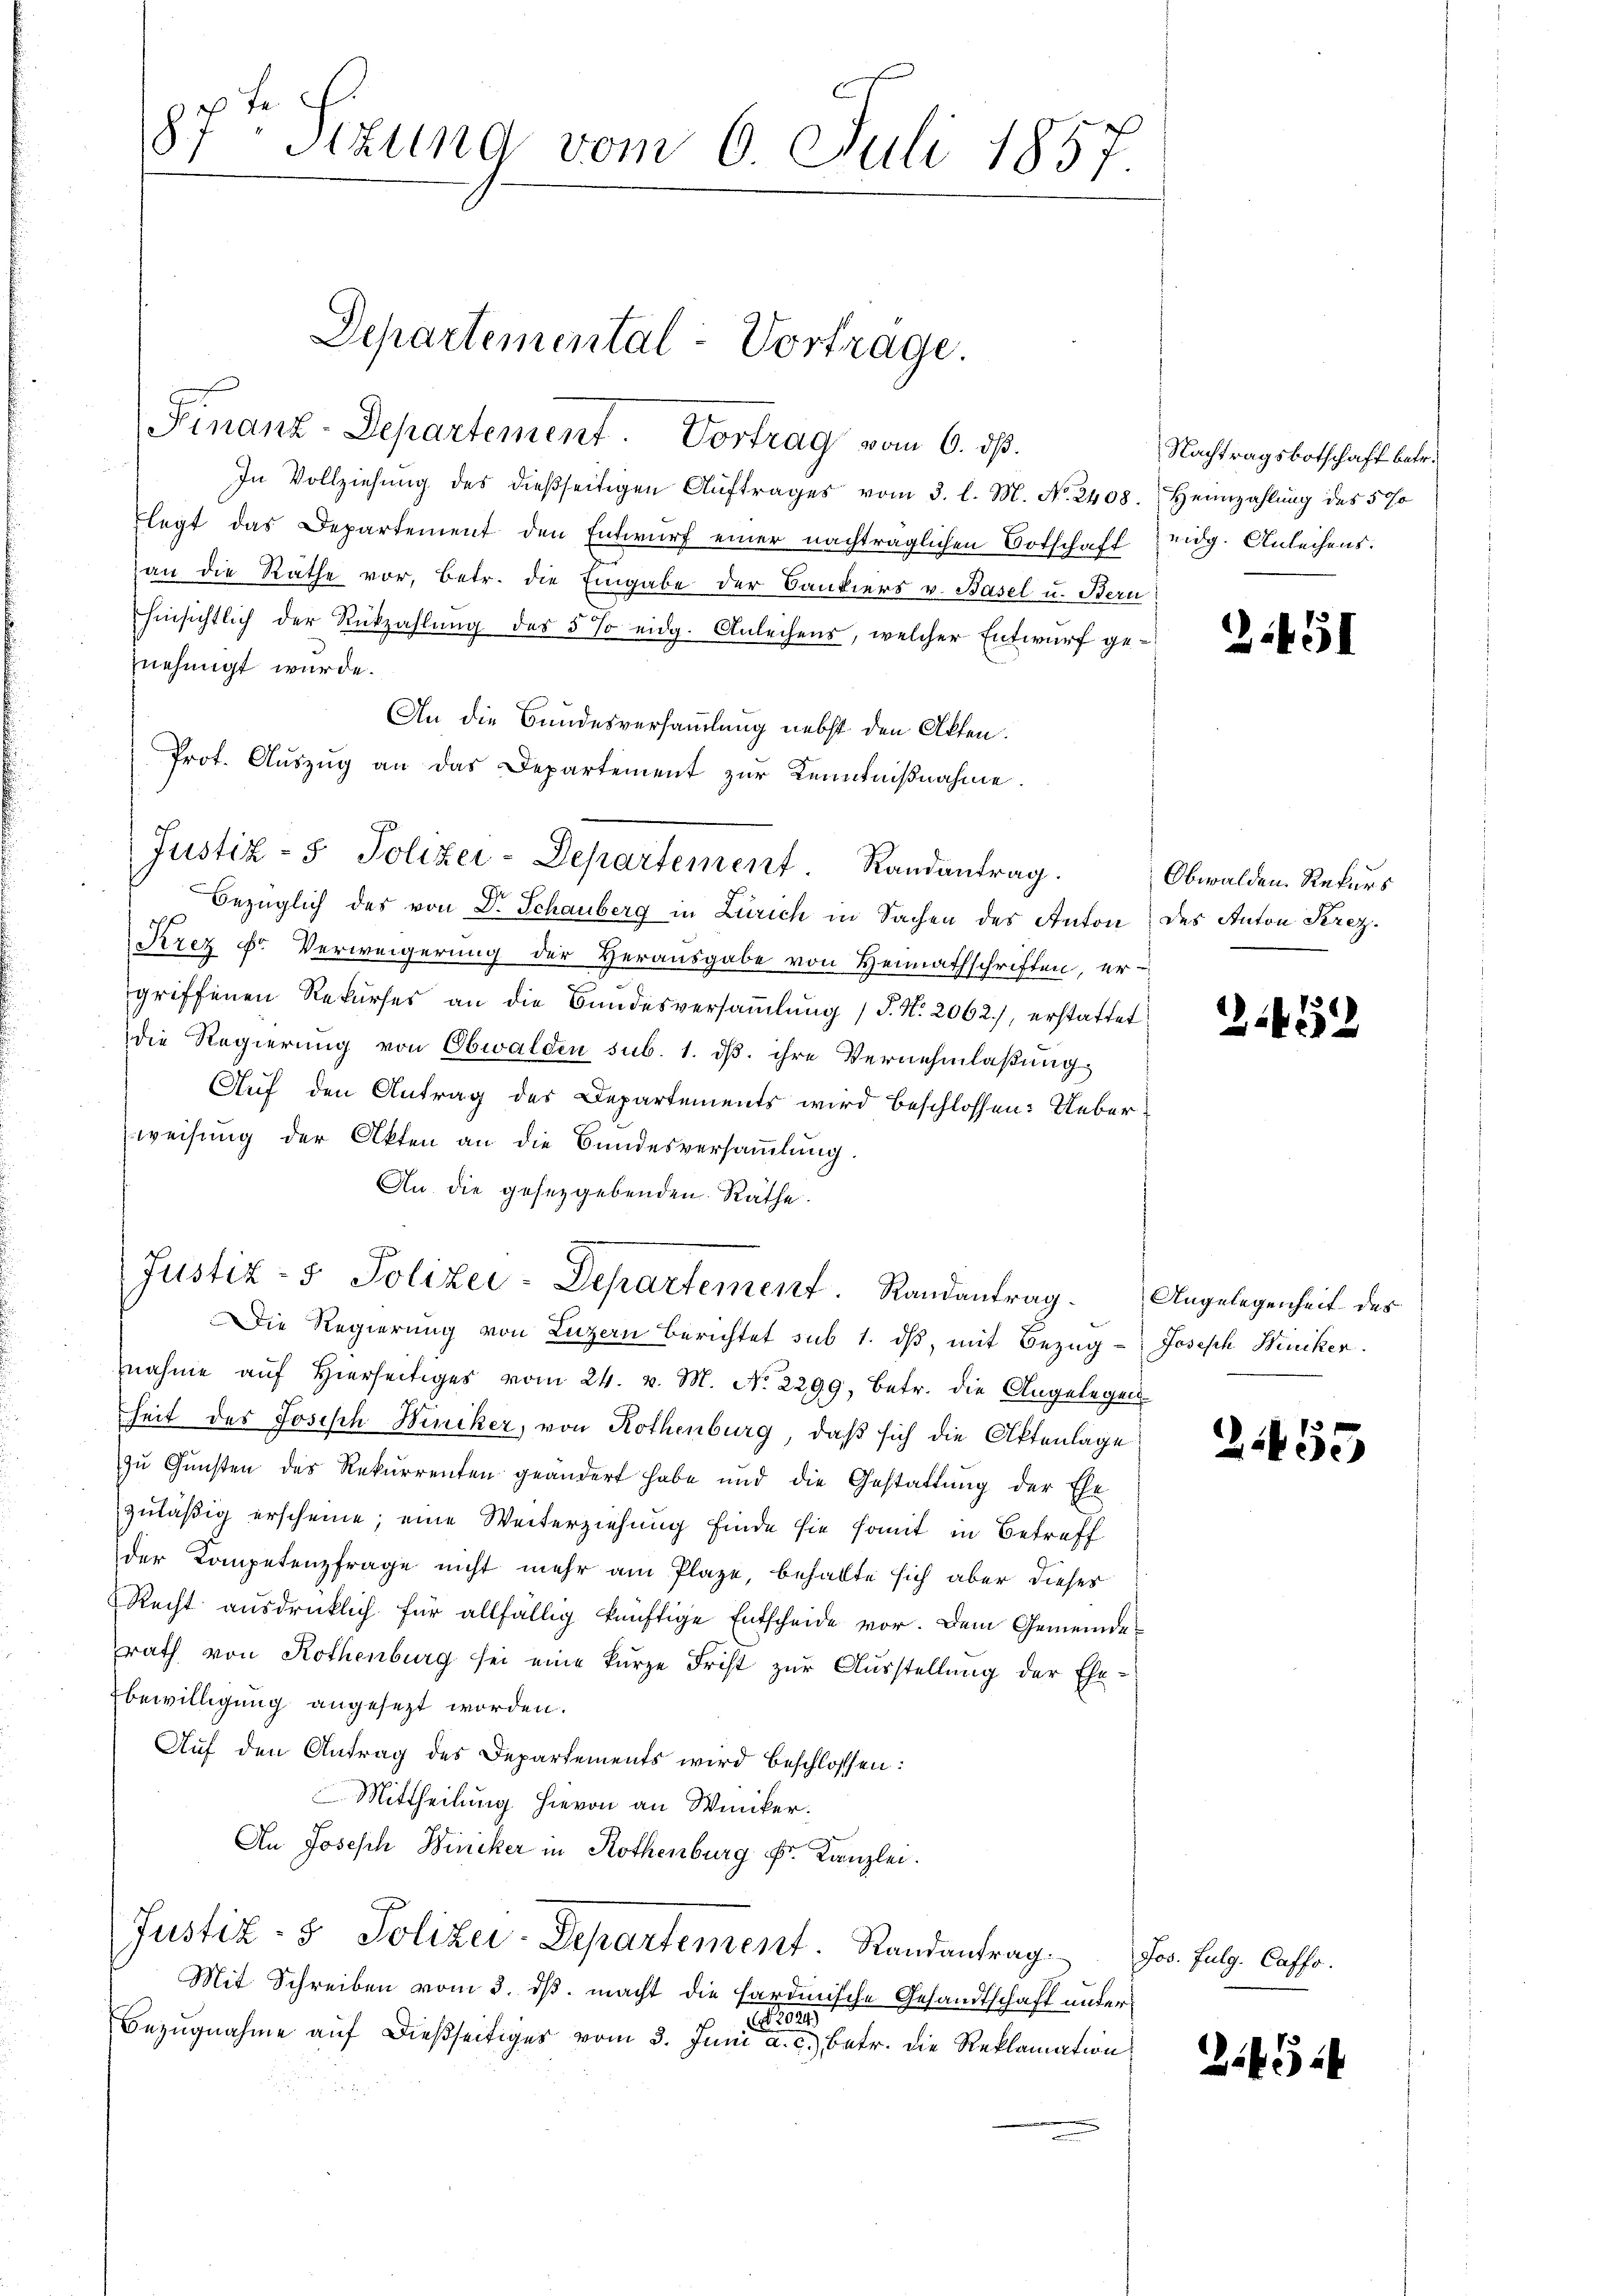
87 Sizung vom 6. Juli 1857.

Finanz-Departement. Vortrag vom 6. ds.
In Vollziehung des dießseitigen Auftrages vom 3. l. M. No. 2408.
flegt das Departement den Entwurf einer nachträglichen Botschaft
an die Räthe vor, betr. die Eingabe der Bankiers v. Basel u. Bern
hinsichtlich der Rückzahlung des 5 % eidg. Anleihens, welcher Entwurf genehmigt wurde.
An die Bundesversammlung nebst den Akten.
Prot. Auszug an das Departement zur Kenntnißnahme.
Bezüglich des von Dr. Schauberg in Zürich in Sachen des Anton des Anton Krez.
Krez Dr. Verweigerung der Herausgabe von Heimathschriften, er-
griffenen Rekurses an die Bandesversammlung (T. N. 2062.), erstattet
die Regierung von Obwalden sub. 1. dß. ihre Vernehmlaßungs
Auf den Antrag des Departements wird beschlossen: Ueberweisung der Akten an die Bundesversammlung.
An die gesetzgebenden Räthe.
Justiz- & Polizei-Departement. Randantrag. Angelegenheit des
Die Regierung von Luzern berichtet sub 1. dβ mit Bezug Joseph Hucker.
nahme aŭf hierseitiges vom 24. v. M. No. 2299, betr. die Angelegen-
heit des Josisch Winiker, von Rothenburg, daß sich die Aktenlage
zŭ Gŭnsten des Rekurrenten geändert habe und die Gestattŭng der Ehe
zuläßig erscheine; eine Weiterziehung finde sie somit in Betreff
der Kompetenzfrage nicht mehr am Plaze, behalte sich aber dieses
Recht ausdrücklich für allfällig künftige Entscheide vor. Dem Gemeinderath von Rothenburg sei eine kurze Frist zur Ausstellung der Ehe-
Ebewilligung angesezt worden.
Auf den Antrag des Departements wird beschlossen:
Mittheilung hievon an Winiker.
An Joseph Bincker in Rothenburg Fr. Kanzlei.
Justiz- & Polizei-Departement. Randantrag
Mit Schreiben vom 3. ds. macht die hardinische Gesandtschaft unter
024
Bezugnahme auf dießseitiges vom 3. Juni a. c. betr. die Reklamation

Departemental-Vortrage.

Justiz- & Polizei-Departement. Randantrag.

Nachtragsbotschaft betr.
Heimzahlung des 5 0/0
eidg. Anleihens.

2451

Obwalden Rekurs

2472

2455

Jos. Fulg. Caffo.

2